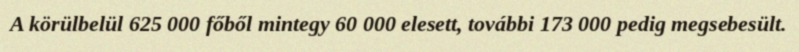
A körülbelül 625 000 főből mintegy 60 000 elesett, további 173 000 pedig megsebesült.